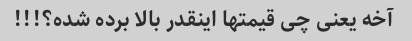
آخه یعنی چی قیمتها اینقدر بالا برده شده؟!!!